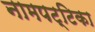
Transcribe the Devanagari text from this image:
नामपट्टिका